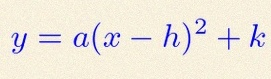
y=a(x-h)^2+k